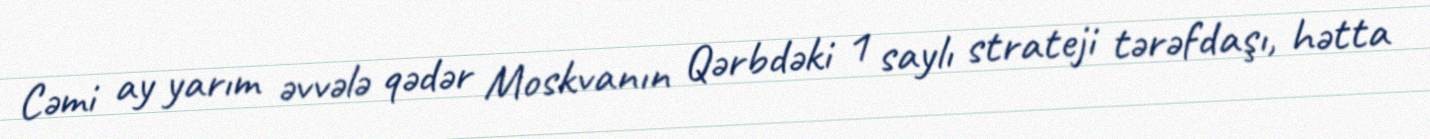
Cəmi ay yarım əvvələ qədər Moskvanın Qərbdəki 1 saylı strateji tərəfdaşı, hətta